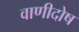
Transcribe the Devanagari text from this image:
वाणीदोष